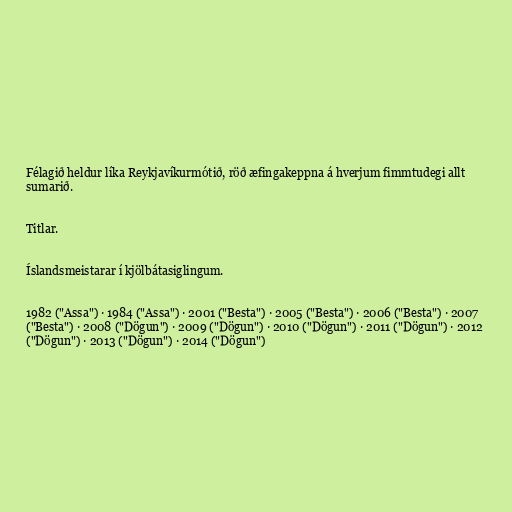
Félagið heldur líka Reykjavíkurmótið, röð æfingakeppna á hverjum fimmtudegi allt
sumarið.

Titlar.

Íslandsmeistarar í kjölbátasiglingum.

1982 ("Assa") · 1984 ("Assa") · 2001 ("Besta") · 2005 ("Besta") · 2006 ("Besta") · 2007
("Besta") · 2008 ("Dögun") · 2009 ("Dögun") · 2010 ("Dögun") · 2011 ("Dögun") · 2012
("Dögun") · 2013 ("Dögun") · 2014 ("Dögun")